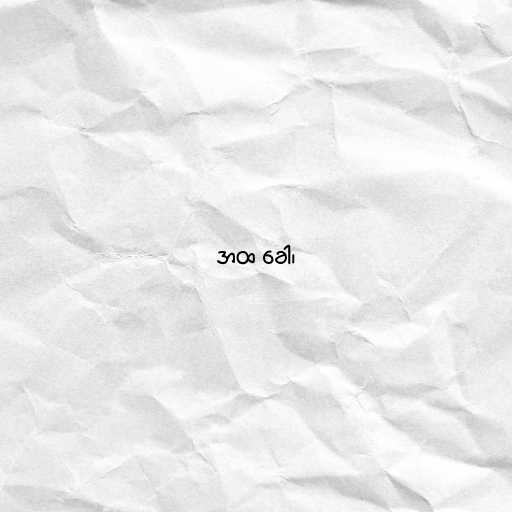
အထ ခေါ၊